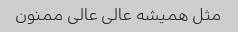
مثل همیشه عالی عالی ممنون